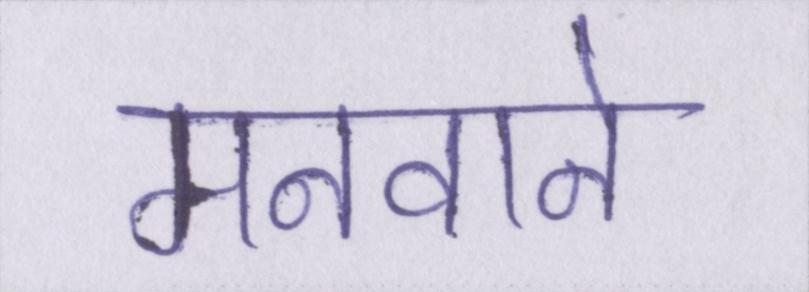
मनवाने